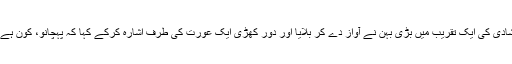
شادی کی ایک تقریب میں بڑی بہن نے آواز دے کر بلایا اور دور کھڑی ایک عورت کی طرف اشارہ کرکے کہا کہ پہچانو، کون ہے؟